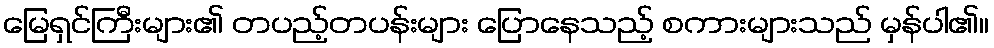
မြေရှင်ကြီးများ၏ တပည့်တပန်းများ ပြောနေသည့် စကားများသည် မှန်ပါ၏။